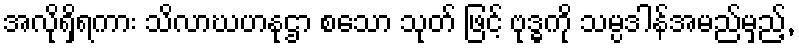
အလိုရှိရကား သိလာဃဟနုဌာ စသော သုတ် ဖြင့် ဗုဒ္ဓကို သမ္ပဒါန်အမည်မှည့်,